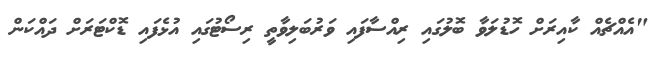
"އެއްޗެއް ކާއިރަށް ހޮޑުލަވާ ބޮލުގައި ރިއްސާފައި ވަރުބަލިވާތީ ރިސޯޓުގައި އުޅެފައި ޑޮކްޓަރަށް ދައްކަން